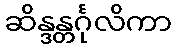
ဆိန္ဒန္တင်္ဂုလိကာ